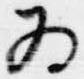
為